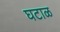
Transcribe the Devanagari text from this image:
घटाळ